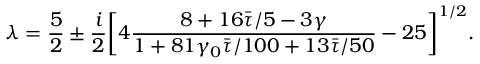
\lambda = \frac { 5 } { 2 } \pm \frac { i } { 2 } \bigg [ 4 \frac { 8 + 1 6 \Bar { \tau } / 5 - 3 \gamma } { 1 + 8 1 \gamma _ { 0 } \Bar { \tau } / 1 0 0 + 1 3 \Bar { \tau } / 5 0 } - 2 5 \bigg ] ^ { 1 / 2 } .